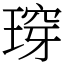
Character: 瑏